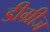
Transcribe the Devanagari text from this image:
डीग्रीज